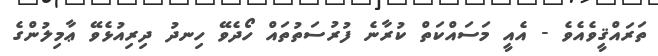
ތަރައްޤީވެއެވެ - އެއީ މަސައްކަތް ކުރާނެ ފުރުސަތުތައް ހޯދެވޭ ހިނދު ދިރިއުޅެވޭ ޢާމިލުންގެ